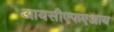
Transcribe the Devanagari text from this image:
आयसीएफएआय